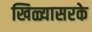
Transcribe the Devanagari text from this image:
खिळ्यासरके